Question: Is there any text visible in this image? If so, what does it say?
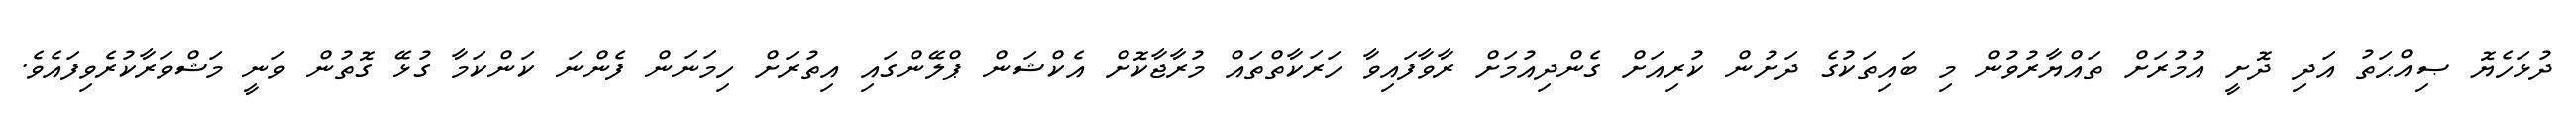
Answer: ދުޅަހެޔޮ ޞިއްޙަތު އަދި ދޮށީ އުމުރަށް ތައްޔާރުވުން މި ބައިތަކުގެ ދަށުން ކުރިއަށް ގެންދިއުމަށް ރާވާފައިވާ ހަރަކާތްތައް މުރާޖާކޮށް އެކްޝަން ޕްލޭންގައި އިތުރަށް ހިމަނަން ފެންނަ ކަންކަމާ ގުޅޭ ގޮތުން ވަނީ މަޝްވަރާކުރެވިފައެވެ.